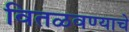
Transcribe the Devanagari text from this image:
वितळवण्याचे